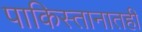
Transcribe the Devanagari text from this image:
पाकिस्तानातही